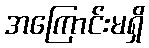
အကြောင်းမရှိ